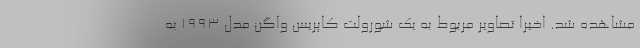
مشاهده شد. اخیرا تصاویر مربوط به یک شورولت کاپریس واگن مدل 1993 به